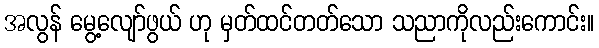
အလွန် မွေ့လျော်ဖွယ် ဟု မှတ်ထင်တတ်သော သညာကိုလည်းကောင်း။